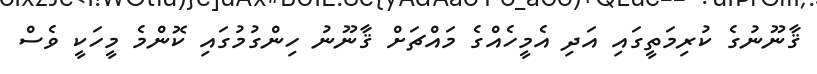
ޤާނޫނުގެ ކުރިމަތީގައި އަދި އެމީހެއްގެ މައްޗަށް ޤާނޫނު ހިންގުމުގައި ކޮންމެ މީހަކީ ވެސް